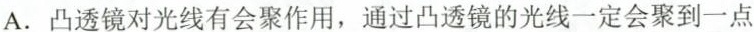
A.凸透镜对光线有会聚作用，通过凸透镜的光线一定会聚到一点